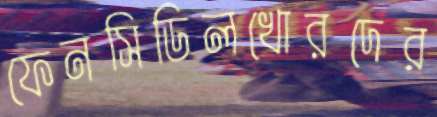
ফেনসিডিলখোরদের